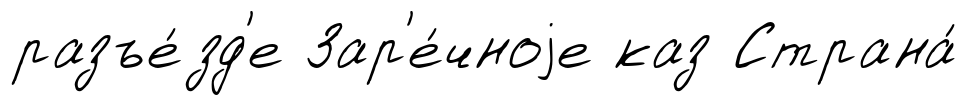
разъе́зд'е Зар'е́чноjе каз Страна́